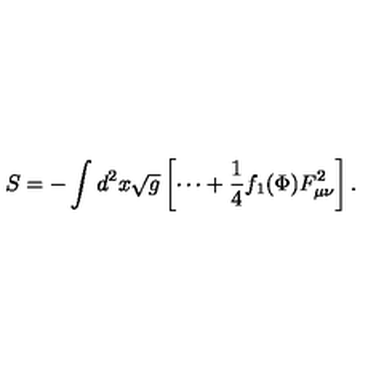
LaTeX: S = - \int d ^ { 2 } x \sqrt { g } \left[ \cdots + \frac { 1 } { 4 } f _ { 1 } ( \Phi ) F _ { \mu \nu } ^ { 2 } \right] . \nonumber